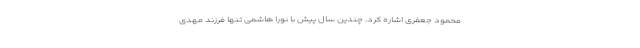
محمود جعفری اشاره کرد. چندین سال پیش با نورا هاشمی تنها فرزند مهدی